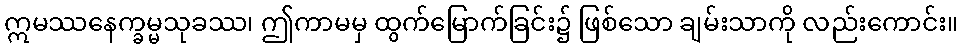
ဣမဿနေက္ခမ္မသုခဿ၊ ဤကာမမှ ထွက်မြောက်ခြင်း၌ ဖြစ်သော ချမ်းသာကို လည်းကောင်း။